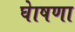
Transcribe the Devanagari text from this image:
घेाषणा